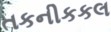
તકનીકકલ